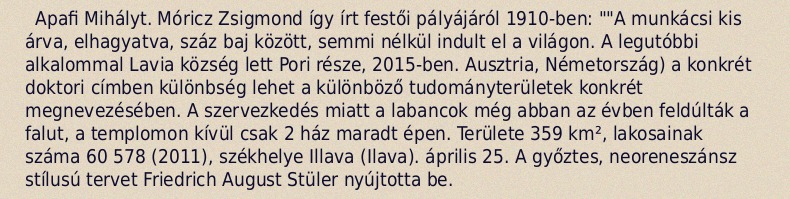
Apafi Mihályt. Móricz Zsigmond így írt festői pályájáról 1910-ben: ""A munkácsi kis árva, elhagyatva, száz baj között, semmi nélkül indult el a világon. A legutóbbi alkalommal Lavia község lett Pori része, 2015-ben. Ausztria, Németország) a konkrét doktori címben különbség lehet a különböző tudományterületek konkrét megnevezésében. A szervezkedés miatt a labancok még abban az évben feldúlták a falut, a templomon kívül csak 2 ház maradt épen. Területe 359 km², lakosainak száma 60 578 (2011), székhelye Illava (Ilava). április 25. A győztes, neoreneszánsz stílusú tervet Friedrich August Stüler nyújtotta be.